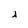
Character: j